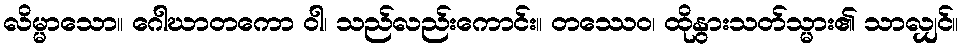
လိမ္မာသော။ ဂေါဃာတကော ဝါ၊ သည်လည်းကောင်း။ တဿေဝ၊ ထိုနွားသတ်သ္မား၏ သာလျှင်။